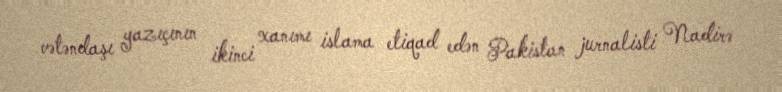
vətəndaşı yazıçının ikinci xanımı islama etiqad edən Pakistan jurnalisti Nadirə